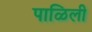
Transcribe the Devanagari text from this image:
पाळिली